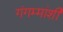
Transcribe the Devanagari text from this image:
गंगम्मांशी